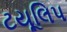
ટયૂલિપ